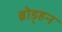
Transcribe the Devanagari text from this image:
ब्रोड्हन